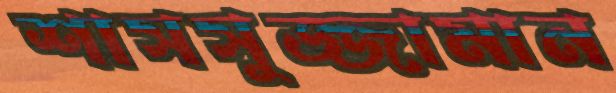
শাসসুজ্জামান